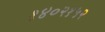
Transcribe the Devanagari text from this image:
१४०२१५२